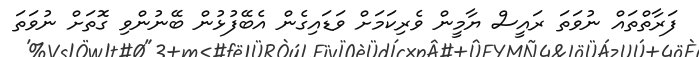
ފަރާތްތައް ނުވަތަ ރައީސް ޔާމީން ވެރިކަމަށް ވަޑައިގެން އެބޭފުޅުން ބޭނުންވި ގޮތަށް ނުވަތަ